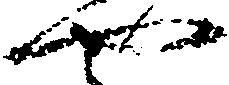
や